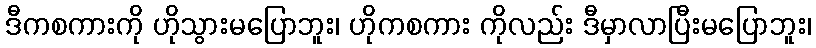
ဒီကစကားကို ဟိုသွားမပြောဘူး၊ ဟိုကစကား ကိုလည်း ဒီမှာလာပြီးမပြောဘူး၊